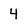
Character: 4